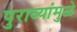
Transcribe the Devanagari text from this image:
पुराव्यांमुळे